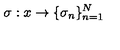
\sigma : x \to \{ \sigma _ { n } \} _ { n = 1 } ^ { N }